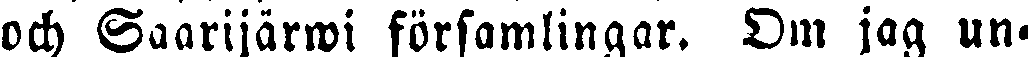
och Saarijärwi församlingar. Om jag un-